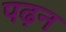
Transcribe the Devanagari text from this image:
पढ़न